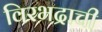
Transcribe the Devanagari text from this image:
विरभद्राची